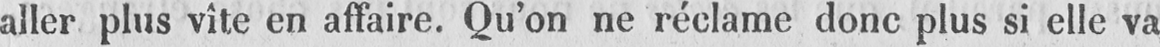
aller plus vîte en affaire. Qu’on ne réclame donc plus si elle va